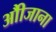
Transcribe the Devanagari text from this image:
औीजाना